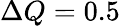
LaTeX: \Delta Q=0.5